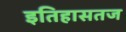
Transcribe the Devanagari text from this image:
इतिहासतज